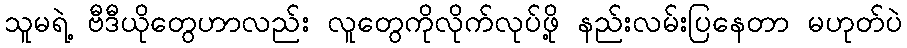
သူမရဲ့ ဗီဒီယိုတွေဟာလည်း လူတွေကိုလိုက်လုပ်ဖို့ နည်းလမ်းပြနေတာ မဟုတ်ပဲ